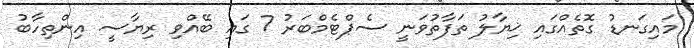
މައިގަނޑު ގޮތެއްގައި ޚިޔާލު ތަފާތުވަނީ ސެޕްޓެމްބަރު 7 ގައި ބޭއްވި ރިޔާސީ އިންތިހާބު